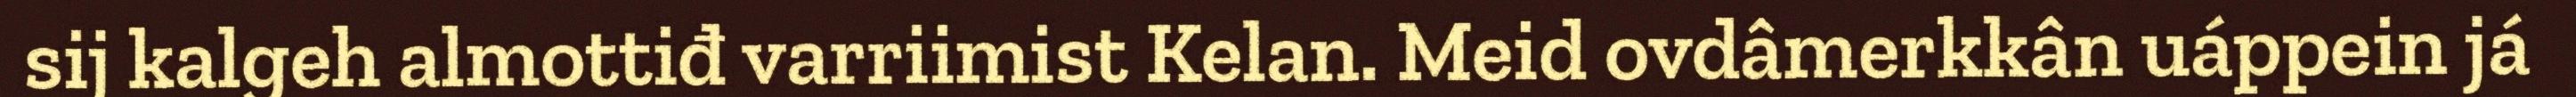
sij kalgeh almottiđ varriimist Kelan. Meid ovdâmerkkân uáppein já